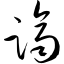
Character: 跻